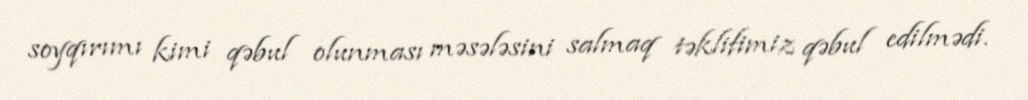
soyqırımı kimi qəbul olunması məsələsini salmaq təklifimiz qəbul edilmədi.